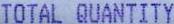
TOTAL QUANTITY